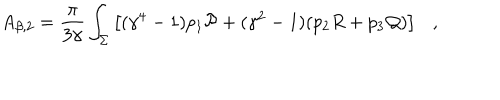
A _ { \beta , 2 } = { \frac { \pi } { 3 \gamma } } \int _ { \Sigma } \left[ ( \gamma ^ { 4 } - 1 ) p _ { 1 } { \cal P } + ( \gamma ^ { 2 } - 1 ) ( p _ { 2 } R + p _ { 3 } { \cal Q } ) \right] ,